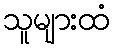
သူများထံ